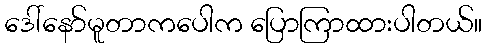
ဒေါ်နော်မူတာကပေါက ပြောကြာထားပါတယ်။